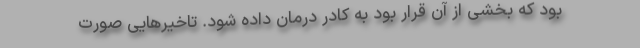
بود که بخشی از آن قرار بود به کادر درمان داده شود. تاخیرهایی صورت